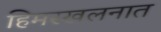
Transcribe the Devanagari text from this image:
हिमस्खलनात